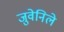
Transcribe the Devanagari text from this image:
जुवेनिले